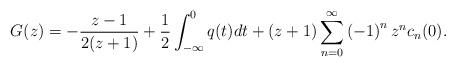
LaTeX: \begin{align*}G(z)=-\frac{z-1}{2(z+1)}+\frac{1}{2}\int_{-\infty}^{0}q(t)dt+(z+1)\sum_{n=0}^{\infty}\left( -1\right) ^{n}z^{n}c_{n}(0). \end{align*}